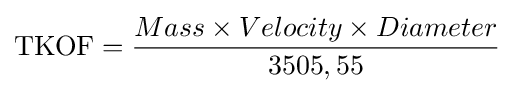
\mathrm {TKOF} ={\frac {Mass\times Velocity\times Diameter}{3505,55}}